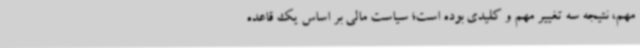
مهم، نتیجه سه تغییر مهم و کلیدی بوده است؛ سیاست مالی بر اساس یک قاعده